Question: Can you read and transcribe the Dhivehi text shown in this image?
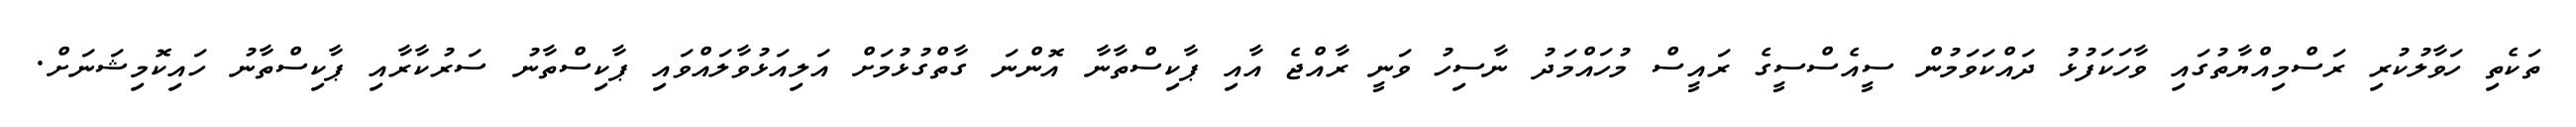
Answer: ތަކެތި ހަވާލުކުރި ރަސްމިއްޔާތުގައި ވާހަކަފުޅު ދައްކަވަމުން ސީއެސްސީގެ ރައީސް މުހައްމަދު ނާސިހު ވަނީ ރާއްޖެ އާއި ޕާކިސްތާނާ އޮންނަ ގާތްގުޅުމަށް އަލިއަޅުވާލައްވައި ޕާކިސްތާނު ސަރުކާރާއި ޕާކިސްތާނު ހައިކޮމިޝަނަށް.